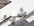
شيء